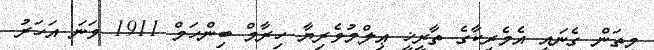
މިތަން ގެނައީ އެމެރިކާގެ ތާރީޚީ ޢިލްމުވެރިޔާ ހިރާމް ބިންހަމް 1911 ވަނަ އަހަރު